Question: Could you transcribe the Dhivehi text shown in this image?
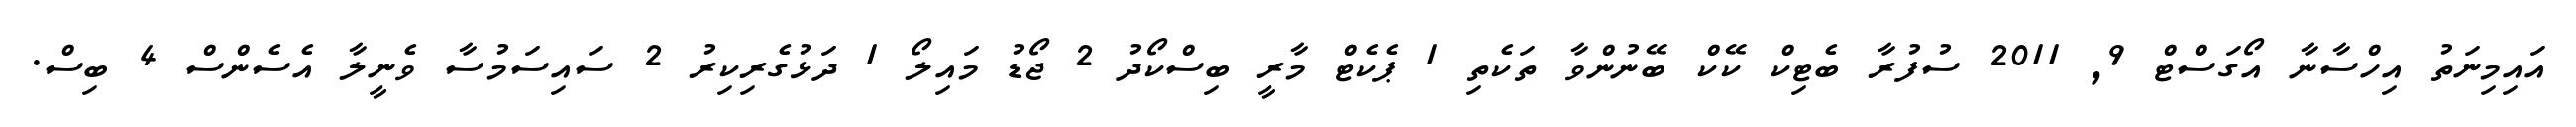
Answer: އައިމިނަތު އިހްސާނާ އޯގަސްޓް 9, 2011 ސުފުރާ ބެޓިކް ކޭކް ބޭނުންވާ ތަކެތި 1 ޕެކެޓް މާރީ ބިސްކޯދު 2 ޖޯޑު މައިލޯ 1 ދަޅުގެރިކިރު 2 ސައިސަމުސާ ވެނީލާ އެސެންސް 4 ބިސް.